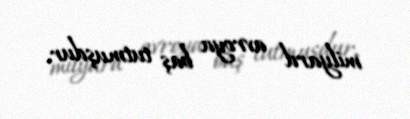
milyard avroya baş tutmuşdur.